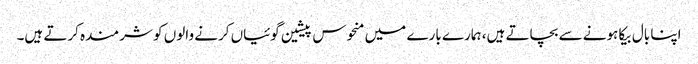
اپنا بال بیکا ہونے سے بچاتے ہیں، ہمارے بارے میں منحوس پیشین گوئیاں کرنے والوں کو شرمندہ کرتے ہیں۔